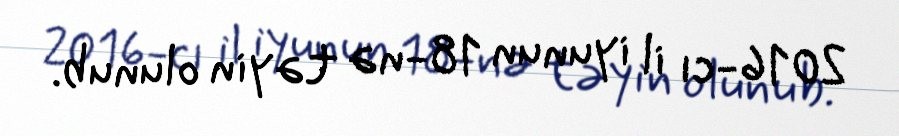
2016-cı il iyunun 18-nə təyin olunub.